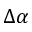
\Delta \alpha